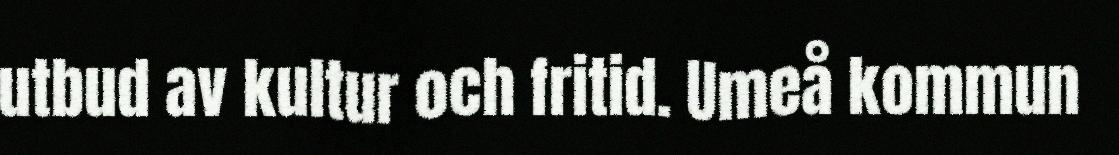
utbud av kultur och fritid. Umeå kommun